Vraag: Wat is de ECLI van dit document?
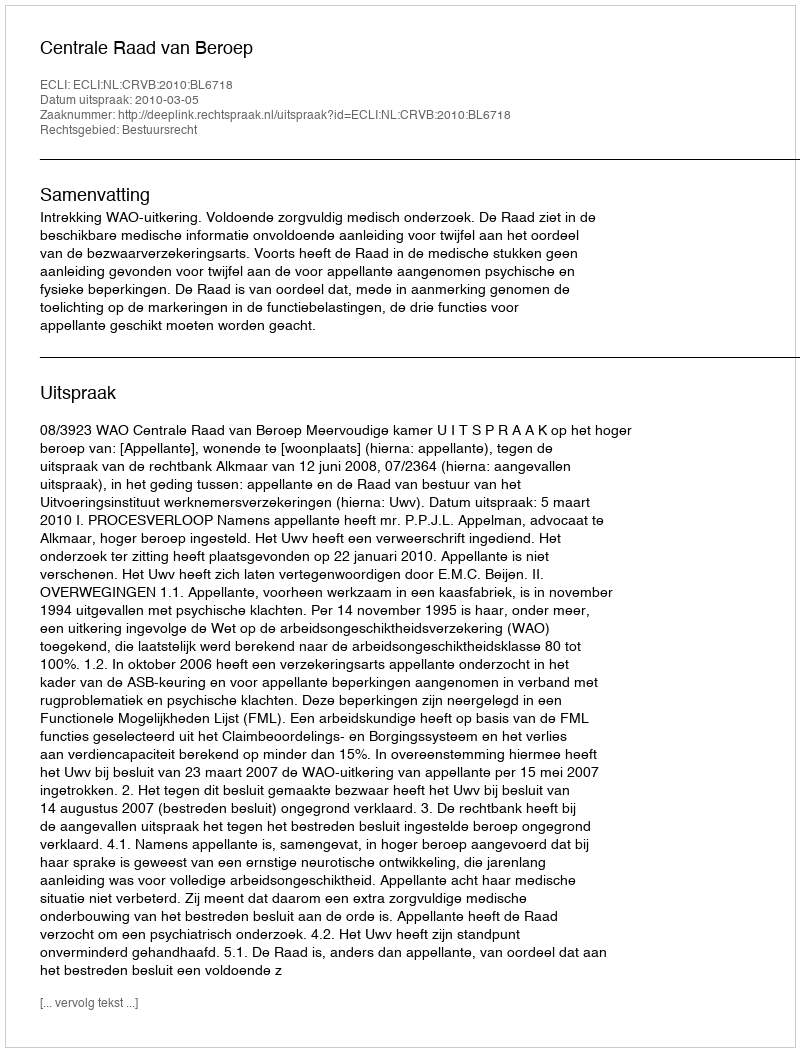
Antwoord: ECLI:NL:CRVB:2010:BL6718